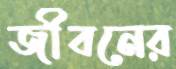
জীবনের